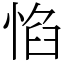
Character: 惂